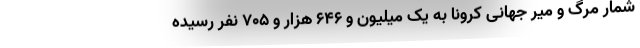
شمار مرگ و میر جهانی کرونا به یک میلیون و ۶۴۶ هزار و ۷۰۵ نفر رسیده